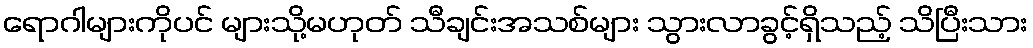
ရောဂါများကိုပင် များသို့မဟုတ် သီချင်းအသစ်များ သွားလာခွင့်ရှိသည့် သိပြီးသား